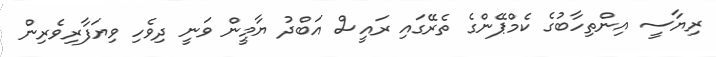
ރިޔާސީ އިންތިހާބުގެ ކެމްޕޭންގެ ތެރޭގައި ރައީސް އަބްދު ޔާމީން ވަނީ ދިވެހި ވިޔަފާރިވެރިން